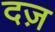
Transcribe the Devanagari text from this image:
दज़